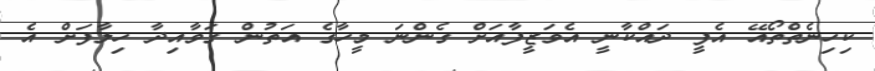
ކިހިނެތްތޯއޭ އެފީ ދައްކާނީ އެވަޒީފާއަށް ގެންނަ މީހާގެ އަތުން ގަވާއިދާ ހިލާފަށް އެ